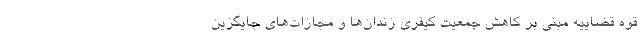
قوه قضاییه مبنی بر کاهش جمعیت کیفری زندان‌ها و مجازات‌های جایگزین